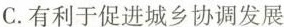
C. 有利于促进城乡协调发展